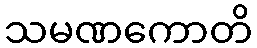
သမဏကောတိ